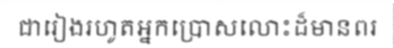
ជារៀងរហូតអ្នកប្រោសលោះដ៏មានពរ